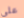
على